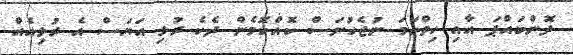
ދޮންބައްޕަ އާއި ހިތްހަމަ ނުޖެހުނަސް ކޮއްކޮމެން ދެކެ ރުޅި އަޔަސް އެ ރުޅިއެއް